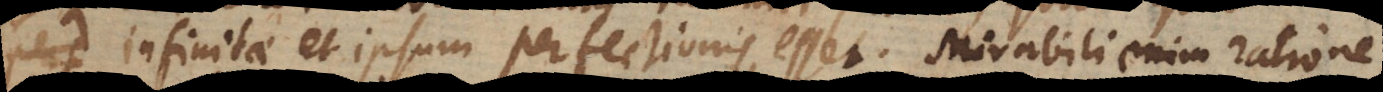
perf infinitae et ipsum perfectionis esset. Mirabili enim ratione